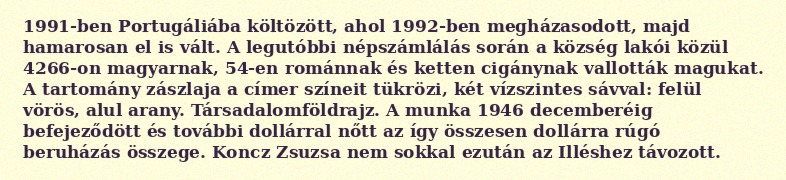
1991-ben Portugáliába költözött, ahol 1992-ben megházasodott, majd hamarosan el is vált. A legutóbbi népszámlálás során a község lakói közül 4266-on magyarnak, 54-en románnak és ketten cigánynak vallották magukat. A tartomány zászlaja a címer színeit tükrözi, két vízszintes sávval: felül vörös, alul arany. Társadalomföldrajz. A munka 1946 decemberéig befejeződött és további dollárral nőtt az így összesen dollárra rúgó beruházás összege. Koncz Zsuzsa nem sokkal ezután az Illéshez távozott.